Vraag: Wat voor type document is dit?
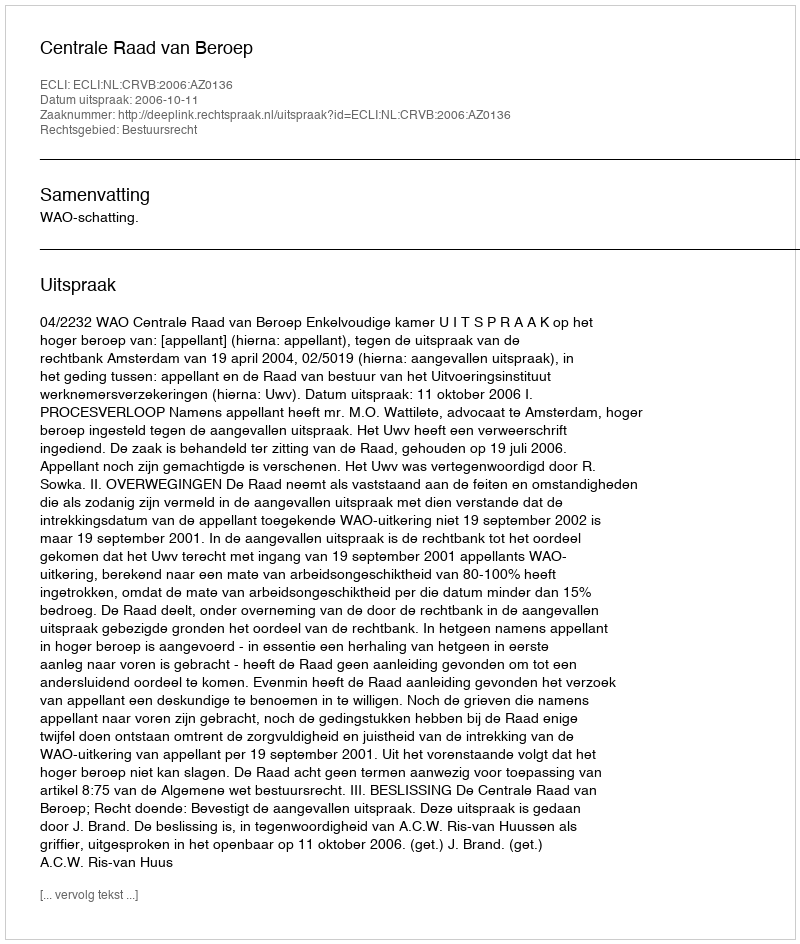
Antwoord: Uitspraak